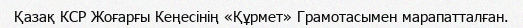
Қазақ КСР Жоғарғы Кеңесінің «Құрмет» Грамотасымен марапатталған.